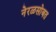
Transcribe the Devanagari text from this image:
नेरळसोबत